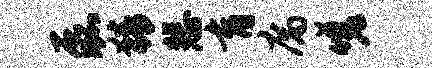
磊猜悲育腐嗟